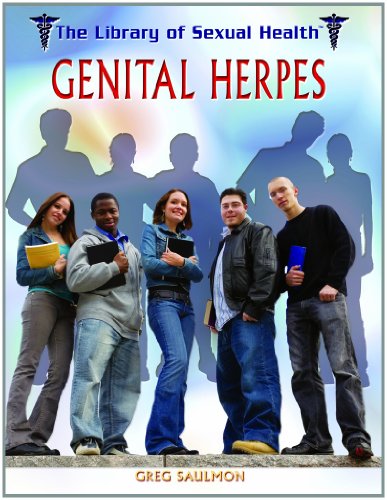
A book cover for Genital Herpes (The Library of Sexual Health); Stuart Forrest; Health, Fitness & Dieting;